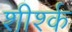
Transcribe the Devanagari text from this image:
शीर्श्क